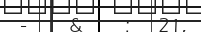
-   &   :  21